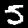
Digit: 5